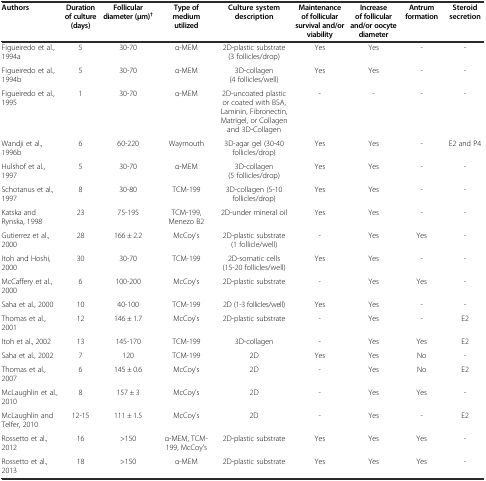
<table><thead><tr><td><b>Authors</b></td><td><b>Duration of culture (days)</b></td><td><b>Follicular diameter (μm)<sup>†</sup></b></td><td><b>Type of medium utilized</b></td><td><b>Culture system description</b></td><td><b>Maintenance of follicular survival and/or viability</b></td><td><b>Increase of follicular and/or oocyte diameter</b></td><td><b>Antrum formation</b></td><td><b>Steroid secretion</b></td></tr></thead><tbody><tr><td>Figueiredo et al., 1994a</td><td>5</td><td>30-70</td><td>α-MEM</td><td>2D-plastic substrate (3 follicles/drop)</td><td>Yes</td><td>Yes</td><td>-</td><td>-</td></tr><tr><td>Figueiredo et al., 1994b</td><td>5</td><td>30-70</td><td>α-MEM</td><td>3D-collagen (4 follicles/well)</td><td>Yes</td><td>Yes</td><td>-</td><td>-</td></tr><tr><td>Figueiredo et al., 1995</td><td>1</td><td>30-70</td><td>α-MEM</td><td>2D-uncoated plastic or coated with BSA, Laminin, Fibronectin, Matrigel, or Collagen and 3D-Collagen</td><td>-</td><td>-</td><td>-</td><td>-</td></tr><tr><td>Wandji et al., 1996b</td><td>6</td><td>60-220</td><td>Waymouth</td><td>3D-agar gel (30-40 follicles/drop)</td><td>Yes</td><td>Yes</td><td>-</td><td>E2 and P4</td></tr><tr><td>Hulshof et al., 1997</td><td>5</td><td>30-70</td><td>α-MEM</td><td>3D-collagen (5 follicles/drop)</td><td>Yes</td><td>Yes</td><td>-</td><td>-</td></tr><tr><td>Schotanus et al., 1997</td><td>8</td><td>30-80</td><td>TCM-199</td><td>3D-collagen (5-10 follicles/drop)</td><td>Yes</td><td>Yes</td><td>-</td><td>-</td></tr><tr><td>Katska and Rynska, 1998</td><td>23</td><td>75-195</td><td>TCM-199, Menezo B2</td><td>2D-under mineral oil</td><td>Yes</td><td>Yes</td><td>-</td><td>-</td></tr><tr><td>Gutierrez et al., 2000</td><td>28</td><td>166 ± 2.2</td><td>McCoy’s</td><td>2D-plastic substrate (1 follicle/well)</td><td>-</td><td>Yes</td><td>Yes</td><td>-</td></tr><tr><td>Itoh and Hoshi, 2000</td><td>30</td><td>30-70</td><td>TCM-199</td><td>2D-somatic cells (15-20 follicles/well)</td><td>Yes</td><td>Yes</td><td>-</td><td>-</td></tr><tr><td>McCaffery et al., 2000</td><td>6</td><td>100-200</td><td>McCoy’s</td><td>2D-plastic substrate</td><td>-</td><td>Yes</td><td>Yes</td><td>-</td></tr><tr><td>Saha et al., 2000</td><td>10</td><td>40-100</td><td>TCM-199</td><td>2D (1-3 follicles/well)</td><td>Yes</td><td>Yes</td><td>-</td><td>-</td></tr><tr><td>Thomas et al., 2001</td><td>12</td><td>146 ± 1.7</td><td>McCoy’s</td><td>2D-plastic substrate</td><td>-</td><td>Yes</td><td>-</td><td>E2</td></tr><tr><td>Itoh et al., 2002</td><td>13</td><td>145-170</td><td>TCM-199</td><td>3D-collagen</td><td>-</td><td>Yes</td><td>Yes</td><td>E2</td></tr><tr><td>Saha et al., 2002</td><td>7</td><td>120</td><td>TCM-199</td><td>2D</td><td>Yes</td><td>Yes</td><td>No</td><td>-</td></tr><tr><td>Thomas et al., 2007</td><td>6</td><td>145 ± 0.6</td><td>McCoy’s</td><td>2D</td><td>-</td><td>Yes</td><td>No</td><td>E2</td></tr><tr><td>McLaughlin et al., 2010</td><td>8</td><td>157 ± 3</td><td>McCoy’s</td><td>2D</td><td>-</td><td>Yes</td><td>Yes</td><td>-</td></tr><tr><td>McLaughlin and Telfer, 2010</td><td>12-15</td><td>111 ± 1.5</td><td>McCoy’s</td><td>2D</td><td>-</td><td>Yes</td><td>-</td><td>E2</td></tr><tr><td>Rossetto et al., 2012</td><td>16</td><td>&gt;150</td><td>α-MEM, TCM-199, McCoy’s</td><td>2D-plastic substrate</td><td>Yes</td><td>Yes</td><td>Yes</td><td>-</td></tr><tr><td>Rossetto et al., 2013</td><td>18</td><td>&gt;150</td><td>α-MEM</td><td>2D-plastic substrate</td><td>Yes</td><td>Yes</td><td>Yes</td><td>-</td></tr></tbody></table>